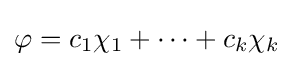
\varphi =c_{1}\chi _{1}+\cdots +c_{k}\chi _{k}